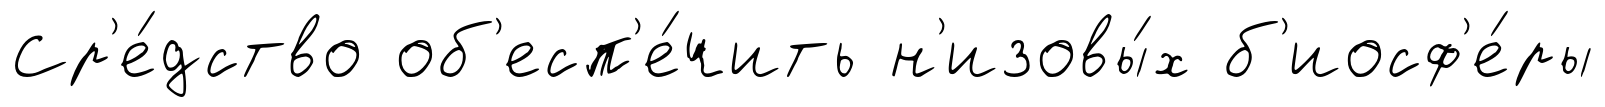
Ср'е́дство об'есп'е́чить н'изовы́х б'иосф'е́ры